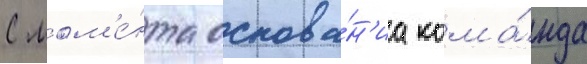
С мом'е́нта основа́н'иа кома́нда